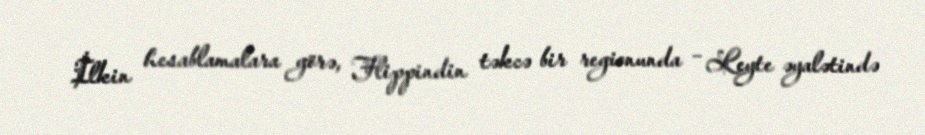
İlkin hesablamalara görə, Flippindin təkcə bir regionunda – Leyte əyalətində